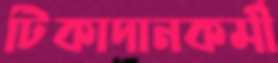
টিকাদানকর্মী